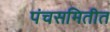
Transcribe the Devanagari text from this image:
पंचसमितीत